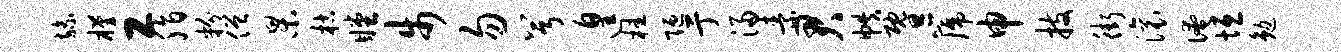
旒槿工脂粉僧杲枯瞠步勿兮遑桂陋亍浸素君帙暨篪申技街滚淹垣勉